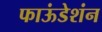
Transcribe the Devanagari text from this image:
फाऊंडेशंन